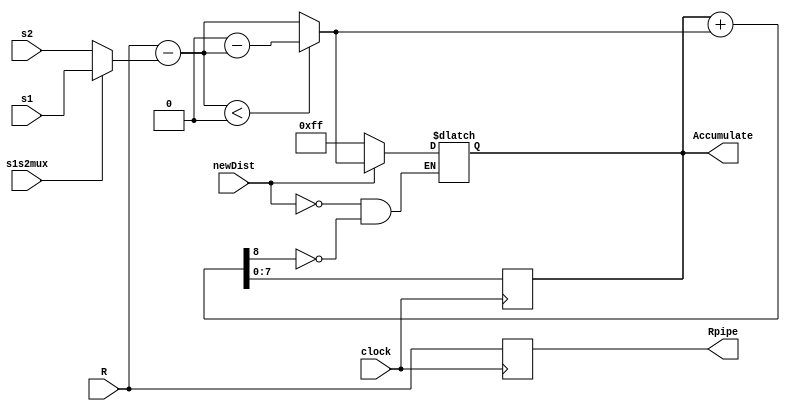
module pe(clock,R,s1,s2,s1s2mux,newDist,Accumulate,Rpipe);
input clock;
input [7:0] R,s1,s2;
input s1s2mux,newDist;
output [7:0] Accumulate,Rpipe;
reg [7:0] Accumulate,AccumulateIn,difference,Rpipe;
reg Carry;

always@(posedge clock)Rpipe<= R;
always@(posedge clock) Accumulate<=AccumulateIn;

always@(R or s1 or s2 or s1s2mux or newDist or Accumulate)
  begin 
  difference =R -(s1s2mux ?s1 :s2);
  if (difference<0) difference =0-difference;
  {Carry,AccumulateIn}=Accumulate+difference;
  if(Carry==1) Accumulate=8'hFF;
  if(newDist==1) Accumulate=difference;
  end
  endmodule